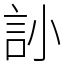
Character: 䚱